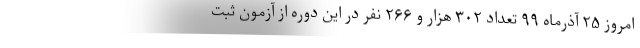
امروز ۲۵ آذرماه ۹۹ تعداد ۳۰۲ هزار و ۲۶۶ نفر در این دوره از آزمون ثبت